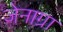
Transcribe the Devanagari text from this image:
जेनाग्रा